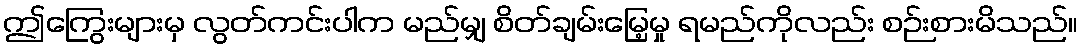
ဤကြွေးများမှ လွတ်ကင်းပါက မည်မျှ စိတ်ချမ်းမြေ့မှု ရမည်ကိုလည်း စဉ်းစားမိသည်။